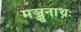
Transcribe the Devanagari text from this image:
मञ्जुनाथः